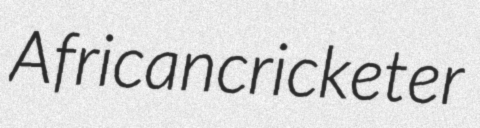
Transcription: African cricketer